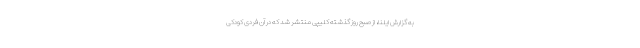
به گزارش ایلنا، از صبح روز گذشته کلیپی منتشر شد که در آن فردی کودکی